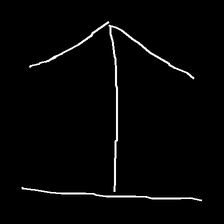
Glyph: levitation